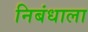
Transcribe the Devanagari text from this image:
निबंधाला